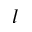
l